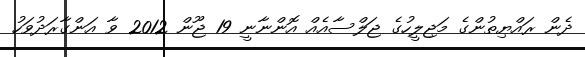
ދެން ރައްޔިތުންގެ މަޖިލީހުގެ ޖަލްސާއެއް އޮންނާނީ 19 ޖޫން 2012 ވާ އަންގާރަދުވަހު